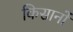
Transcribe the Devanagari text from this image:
किसानोंं